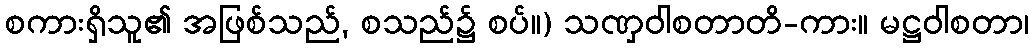
စကားရှိသူ၏ အဖြစ်သည်, စသည်၌ စပ်။) သဏှဝါစတာတိ-ကား။ မဋ္ဌဝါစတာ၊